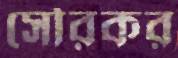
সৌরকর